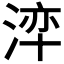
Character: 𭰺